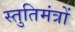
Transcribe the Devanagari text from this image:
स्तुतिमंत्रों